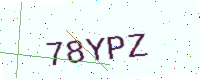
Text: 78YPZ